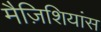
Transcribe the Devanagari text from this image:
मैज़िशियांस